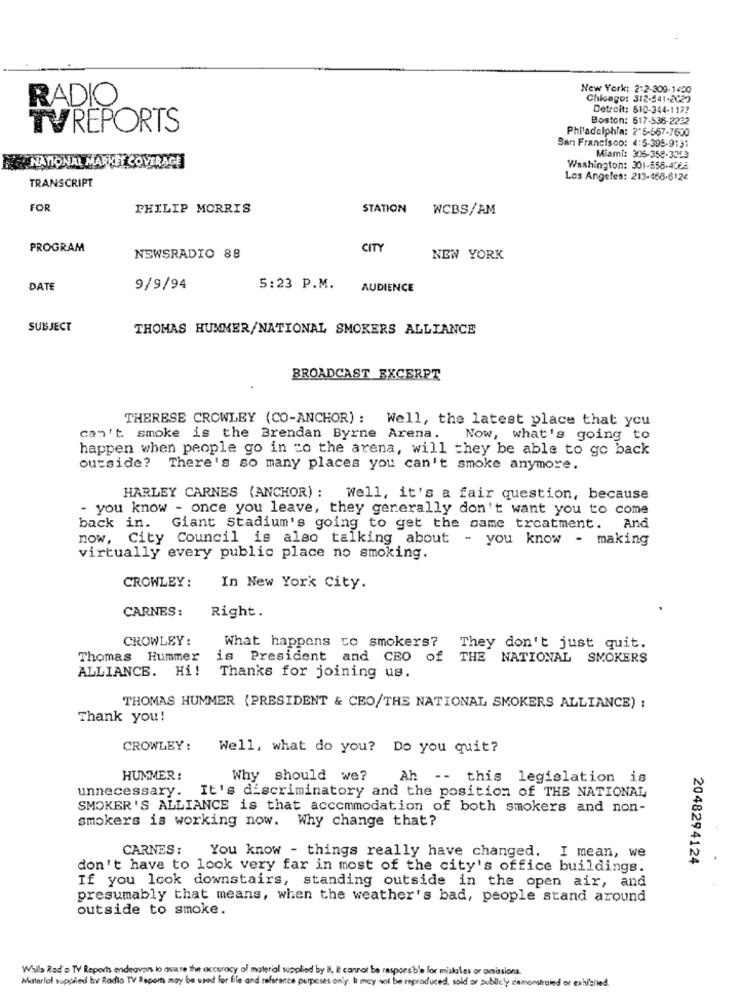
New York: 2:2-309-1400
RADIO
Chicago: 312-241-2022
Detroit: 610-344-1177
Boston: 617-536-2232
TVREPORTS
Philadelphia: 2"5-567-7600
San Francisco: 4:5-395-9131
NATIONAL MARKET COVERAGE
Miami: 305-358-3363
Washington: 301-856-4565
TRANSCRIPT
Los Angeles: 213-468-6124
FOR
PHILIP MORRIS
STATION
WCBS/AM
PROGRAM
CITY
NEWSRADIO 88
NEW YORK
DATE
9/9/94
5:23 P.M.
AUDIENCE
SUBJECT
THOMAS HUMMER/NATIONAL SMOKERS ALLIANCE
BROADCAST EXCERPT
THERESE CROWLEY (CO-ANCHOR) : Well, the latest place that you
can't smoke is the Brendan Byrne Arena.
Now, what's going to
happen when people go in to the arena, will they be able to go back
outside? There's so many places you can't smoke anymore.
HARLEY CARNES (ANCHOR) : Well, it's a fair question, because
- you know - once you leave, they generally don't want you to come
back in.
Giant Stadium's going to get the same treatment. And
now, City Council is also talking about - you know - making
virtually every public place no smoking.
CROWLEY:
In New York City.
CARNES :
Right.
CROWLEY:
What happens to smokers?
They don't just quit.
Thomas Hummer
is President and CEO of THE NATIONAL SMOKERS
ALLIANCE. Hi!
Thanks for joining us.
THOMAS HUMMER (PRESIDENT & CEO/THE NATIONAL SMOKERS ALLIANCE) ;
Thank you!
CROWLEY :
Well, what do you? Do you quit?
HUMMER:
Why should we?
Ah -- this legislation is
unnecessary.
It's discriminatory and the position of THE NATIONAL
SMOKER'S ALLIANCE is that accommodation of both smokers and non-
smokers is working now. Why change that?
CARNES: You know - things really have changed. I mean, we
2048294124
don't have to look very far in most of the city's office buildings.
If you look downstairs, standing outside in the open air, and
presumably that means, when the weather's bad, people stand around
outside to smoke.
While Rad o TV Reports endeavors to asare the accuracy of material supplied by B, E cannot be responsible for mislates or omissions.
Material supplied by Radio TV Reports may be used For file and reference purposes only. I may not be reproduced, sold ar publicly demonstrated or exhielled.